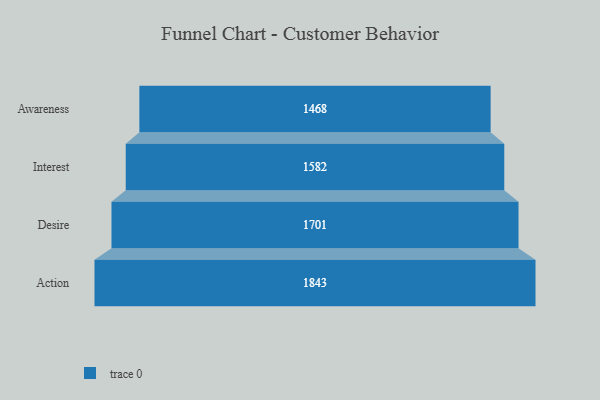
{"axis": {"x": "Stage", "y": "Value"}, "legend": [""], "data": [{"x": "Awareness", "y": 1468.0, "type": ""}, {"x": "Interest", "y": 1582.0, "type": ""}, {"x": "Desire", "y": 1701.0, "type": ""}, {"x": "Action", "y": 1843.0, "type": ""}]}